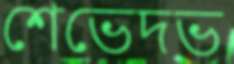
শেভেদভ